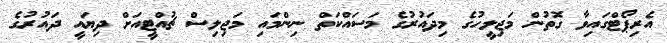
އެރިޕޯޓްގައިވާ ގޮތުން މަޖިލީހުގެ މިދައުރުގެ މަސައްކަތް ނިންމައި މަޖިލިސް ޗުއްޓީއަށް ދިޔައީ ދައުރުގެ